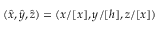
( \hat { x } , \hat { y } , \hat { z } ) = ( x / [ x ] , y / [ h ] , z / [ x ] )